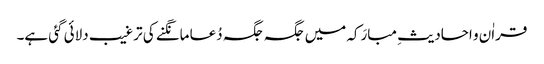
قراٰن و احادیثِ مبارَکہ میں جگہ جگہ دُعا مانگنے کی ترغیب دلائی گئی ہے۔